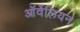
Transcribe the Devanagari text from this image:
ऑर्वेलियन